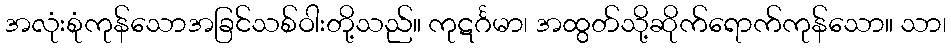
အလုံးစုံကုန်သောအခြင်သစ်ဝါးတို့သည်။ ကုဋင်္ဂမာ၊ အထွတ်သို့ဆိုက်ရောက်ကုန်သော။ သာ၊